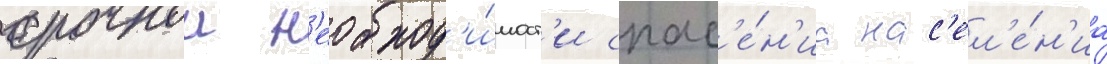
срочнои н'еобход'и́мост'и спас'е́н'иа нас'ел'е́н'иа